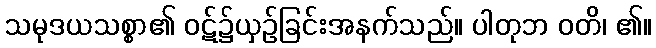
သမုဒယသစ္စာ၏ ဝဋ်၌ယှဉ်ခြင်းအနက်သည်။ ပါတုဘ ဝတိ၊ ၏။